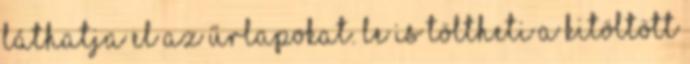
láthatja el az űrlapokat. Le is töltheti a kitöltött